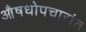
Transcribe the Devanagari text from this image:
औषधोपचारांत